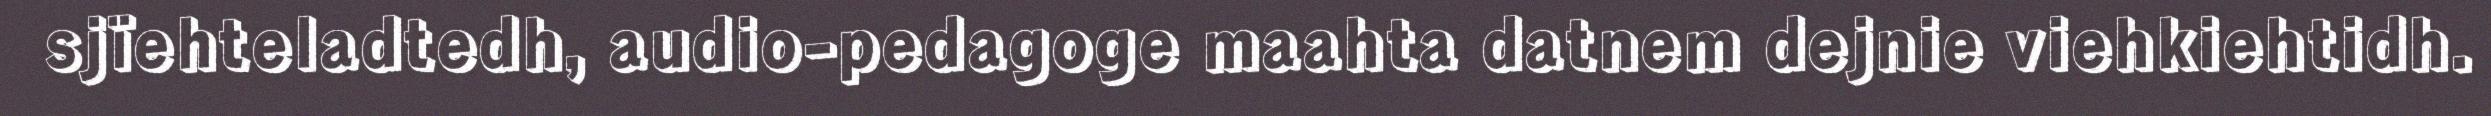
sjïehteladtedh, audio-pedagoge maahta datnem dejnie viehkiehtidh.